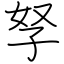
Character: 孥